Indian journal of veterinary science and animal husbandry - Volumes 22-23, 1952-1953
Year: 1952
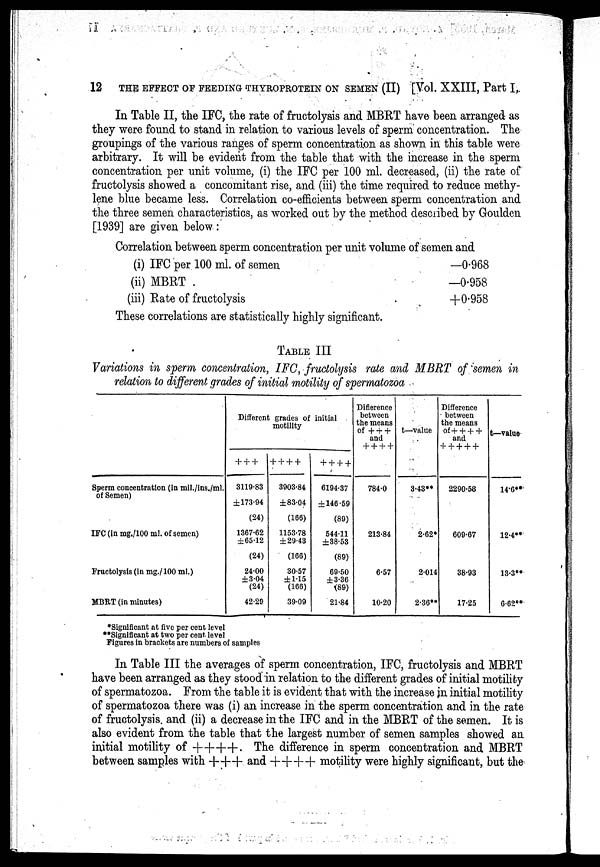
12 THE EFFECT OF FEEDING THYROPROTEIN ON SEMEN (II) [Vol. XXIII, Part I,
In Table II, the IFC, the rate of fructolysis and MBRT have been arranged as
they were found to stand in relation to various levels of sperm concentration. The
groupings of the various ranges of sperm concentration as shown in this table were
arbitrary. It will be evident from the table that with the increase in the sperm
concentration per unit volume, (i) the IFC per 100 ml. decreased, (ii) the rate of
fructolysis showed a concomitant rise, and (iii) the time required to reduce methy-
lene blue became less. Correlation co-efficients between sperm concentration and
the three semen characteristics, as worked out by the method described by Goulden
[1939] are given below:
Correlation between sperm concentration per unit volume of semen and
(i) IFC per 100 ml. of semen
(ii) MBRT
(iii) Rate of fructolysis
—0.968
—0.958
+0.958
These correlations are statistically highly significant.
TABLE III
Variations in sperm concentration, IFC, fructolysis rate and MBRT of semen in
relation to different grades of initial motility of spermatozoa
Sperm concentration (in mil./ins./ml.
of Semen)
IFC (in mg./100 ml. of semen)
Fructolysis (in mg./100 ml.)
MBRT (in minutes)
Different
+++
3119.83
±173.94
(24)
1367.62
±65.12
(24)
24.00
±3.04
(24)
42.29
grades of
motility
++++
3903.84
±83.04
(166)
1153.78
±29.43
(166)
30.57
±1.15
(166)
39.09
initial
++++
6194.37
±146.59
(89)
544.11
±38.53
(89)
69.50
±3.36
(89)
21.84
Difierence
between
the means
of +++
and
++++
784.0
213.84
6.57
10.20
t—value
3.43**
2.62*
2.014
2.36**
Difference
between
the means
of+ + + +
and
+++++
2290.58
609.67
38.93
17.25
t—value
14.6**
12.4**
13.3**
6.62**
*Significant at five per cent level
**Significant at two per cent level
Figures in brackets are numbers of samples
In Table III the averages of sperm concentration, IFC, fructolysis and MBRT
have been arranged as they stood in relation to the different grades of initial motility
of spermatozoa. From the table it is evident that with the increase in initial motility
of spermatozoa there was (i) an increase in the sperm concentration and in the rate
of fructolysis. and (ii) a decrease in the IFC and in the MBRT of the semen. It is
also evident from the table that the largest number of semen samples showed an
initial motility of ++++. The difference in sperm concentration and MBRT
between samples with +++ and ++++ motility were highly significant, but the